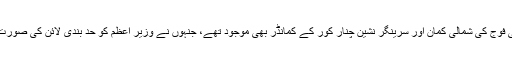
اس موقع پر بھارتی فوج کی شمالی کمان اور سرینگر نشین چنار کور کے کمانڈر بھی موجود تھے، جنہوں نے وزیر اعظم کو حد بندی لائن کی صورت حال سے آگاہ کیا۔